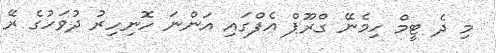
މި ދެ ޓީމް ހިމެނޭ ގްރޫޕް އެފްގައި އަންނަ ހޮނިހިރު ދުވަހުގެ ރޭ